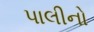
પાલીનો